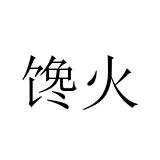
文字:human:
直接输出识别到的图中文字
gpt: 馋火